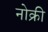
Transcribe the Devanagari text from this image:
नोक्री